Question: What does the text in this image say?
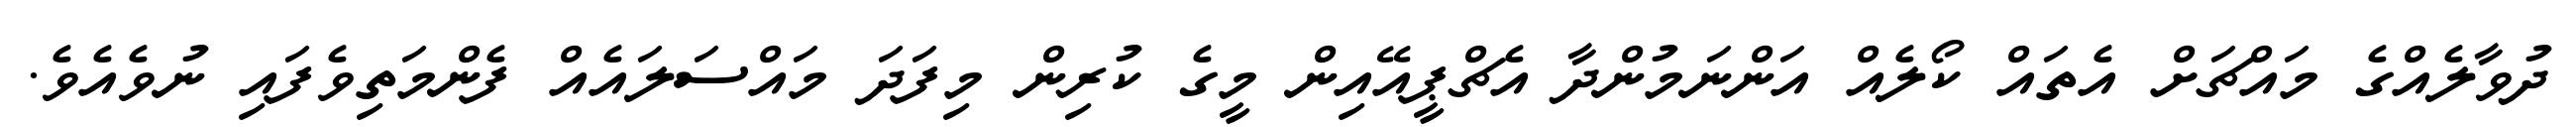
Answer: ދުވާލެއްގެ މައްޗަށް އެތައް ކޯލެއް އަންނަމުންދާ އެޗްޕީއޭއިން މީގެ ކުރިން މިފަދަ މައްސަލައެއް ފެންމަތިވެފައި ނުވެއެވެ.